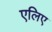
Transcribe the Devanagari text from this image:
एलिए